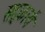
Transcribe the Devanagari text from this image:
सद्कार्य